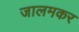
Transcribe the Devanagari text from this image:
जालमकर